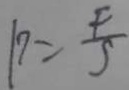
P = \frac { F } { 5 }